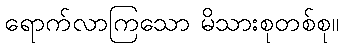
ရောက်လာကြသော မိသားစုတစ်စု။